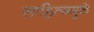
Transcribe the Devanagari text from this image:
साहित्यमुळे